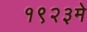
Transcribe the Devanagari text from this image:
१९२३मे